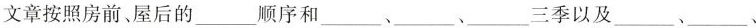
文章按照房前、屋后的___顺序和___、___、___三季以及___、___、